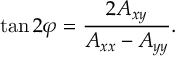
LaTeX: \tan 2 \varphi = { \frac { 2 A _ { x y } } { A _ { x x } - A _ { y y } } } .